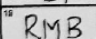
Transcription: RMB